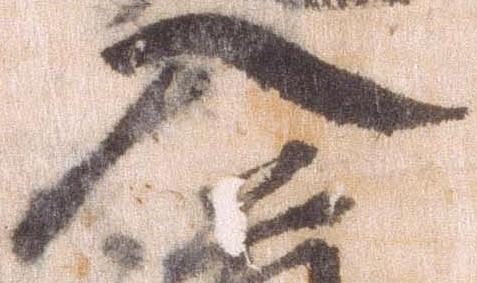
入